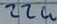
Text: 22u